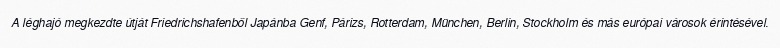
A léghajó megkezdte útját Friedrichshafenből Japánba Genf, Párizs, Rotterdam, München, Berlin, Stockholm és más európai városok érintésével.